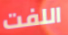
اللفت